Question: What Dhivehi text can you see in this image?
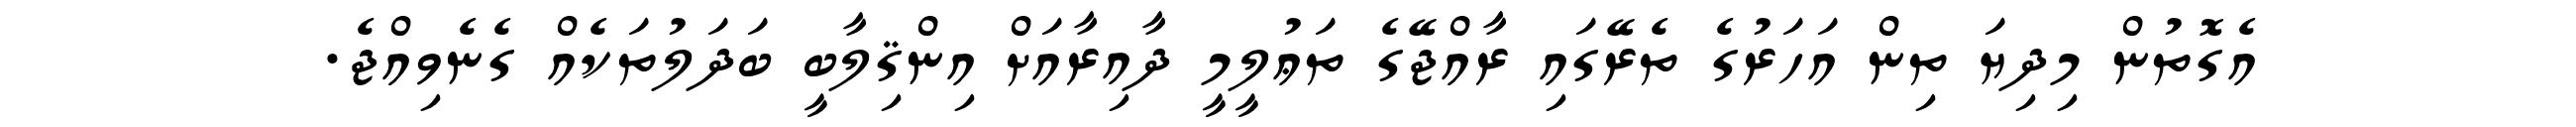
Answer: އެގޮތުން މިދިޔަ ތިން އަހަރުގެ ތެރޭގައި ރާއްޖޭގެ ތަޢުލީމީ ދާއިރާއަށް އިންޤިލާބީ ބަދަލުތަކެއް ގެނެވިއްޖެ.